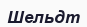
Шельдт